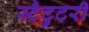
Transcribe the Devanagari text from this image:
स्टैटुटरी